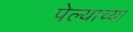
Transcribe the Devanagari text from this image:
पेल्याच्या